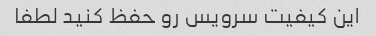
این کیفیت سرویس رو حفظ کنید لطفا